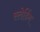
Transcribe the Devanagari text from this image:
स्लेडिंग